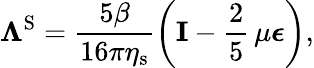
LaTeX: \boldsymbol{\Lambda}^{\mathrm{S}}=\frac{5\beta}{16\pi\eta_{\mathrm{s}}}\left(\mathbf{I}-\frac{2}{5}\, \mu\boldsymbol{\epsilon}\right),